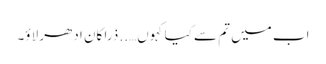
اب میں تم سے کیا کہوں….. ذرا کان ادھر لاؤ۔